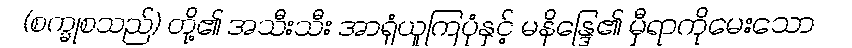
(စက္ခုစသည်) တို့၏ အသီးသီး အာရုံယူကြပုံနှင့် မနိန္ဒြေ၏ မှီရာကိုမေးသော